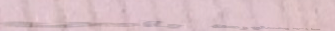
منتجات محلية ومستوردة بأس